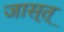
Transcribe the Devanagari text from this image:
जास्त्‌